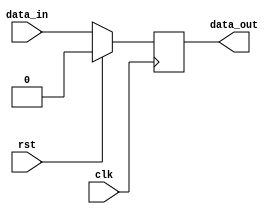
module Register (
    input wire clk,     // Clock signal
    input wire rst,     // Reset signal
    input wire data_in, // Input data
    output reg data_out // Output data
);

    always @(posedge clk) begin
        if (rst) begin
            data_out <= 1'b0; // Initialize Register to known state
        end else begin
            data_out <= data_in; // Load data into Register on rising edge of clock
        end
    end

endmodule